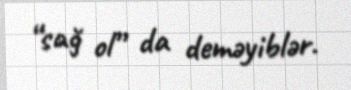
“sağ ol” da deməyiblər.